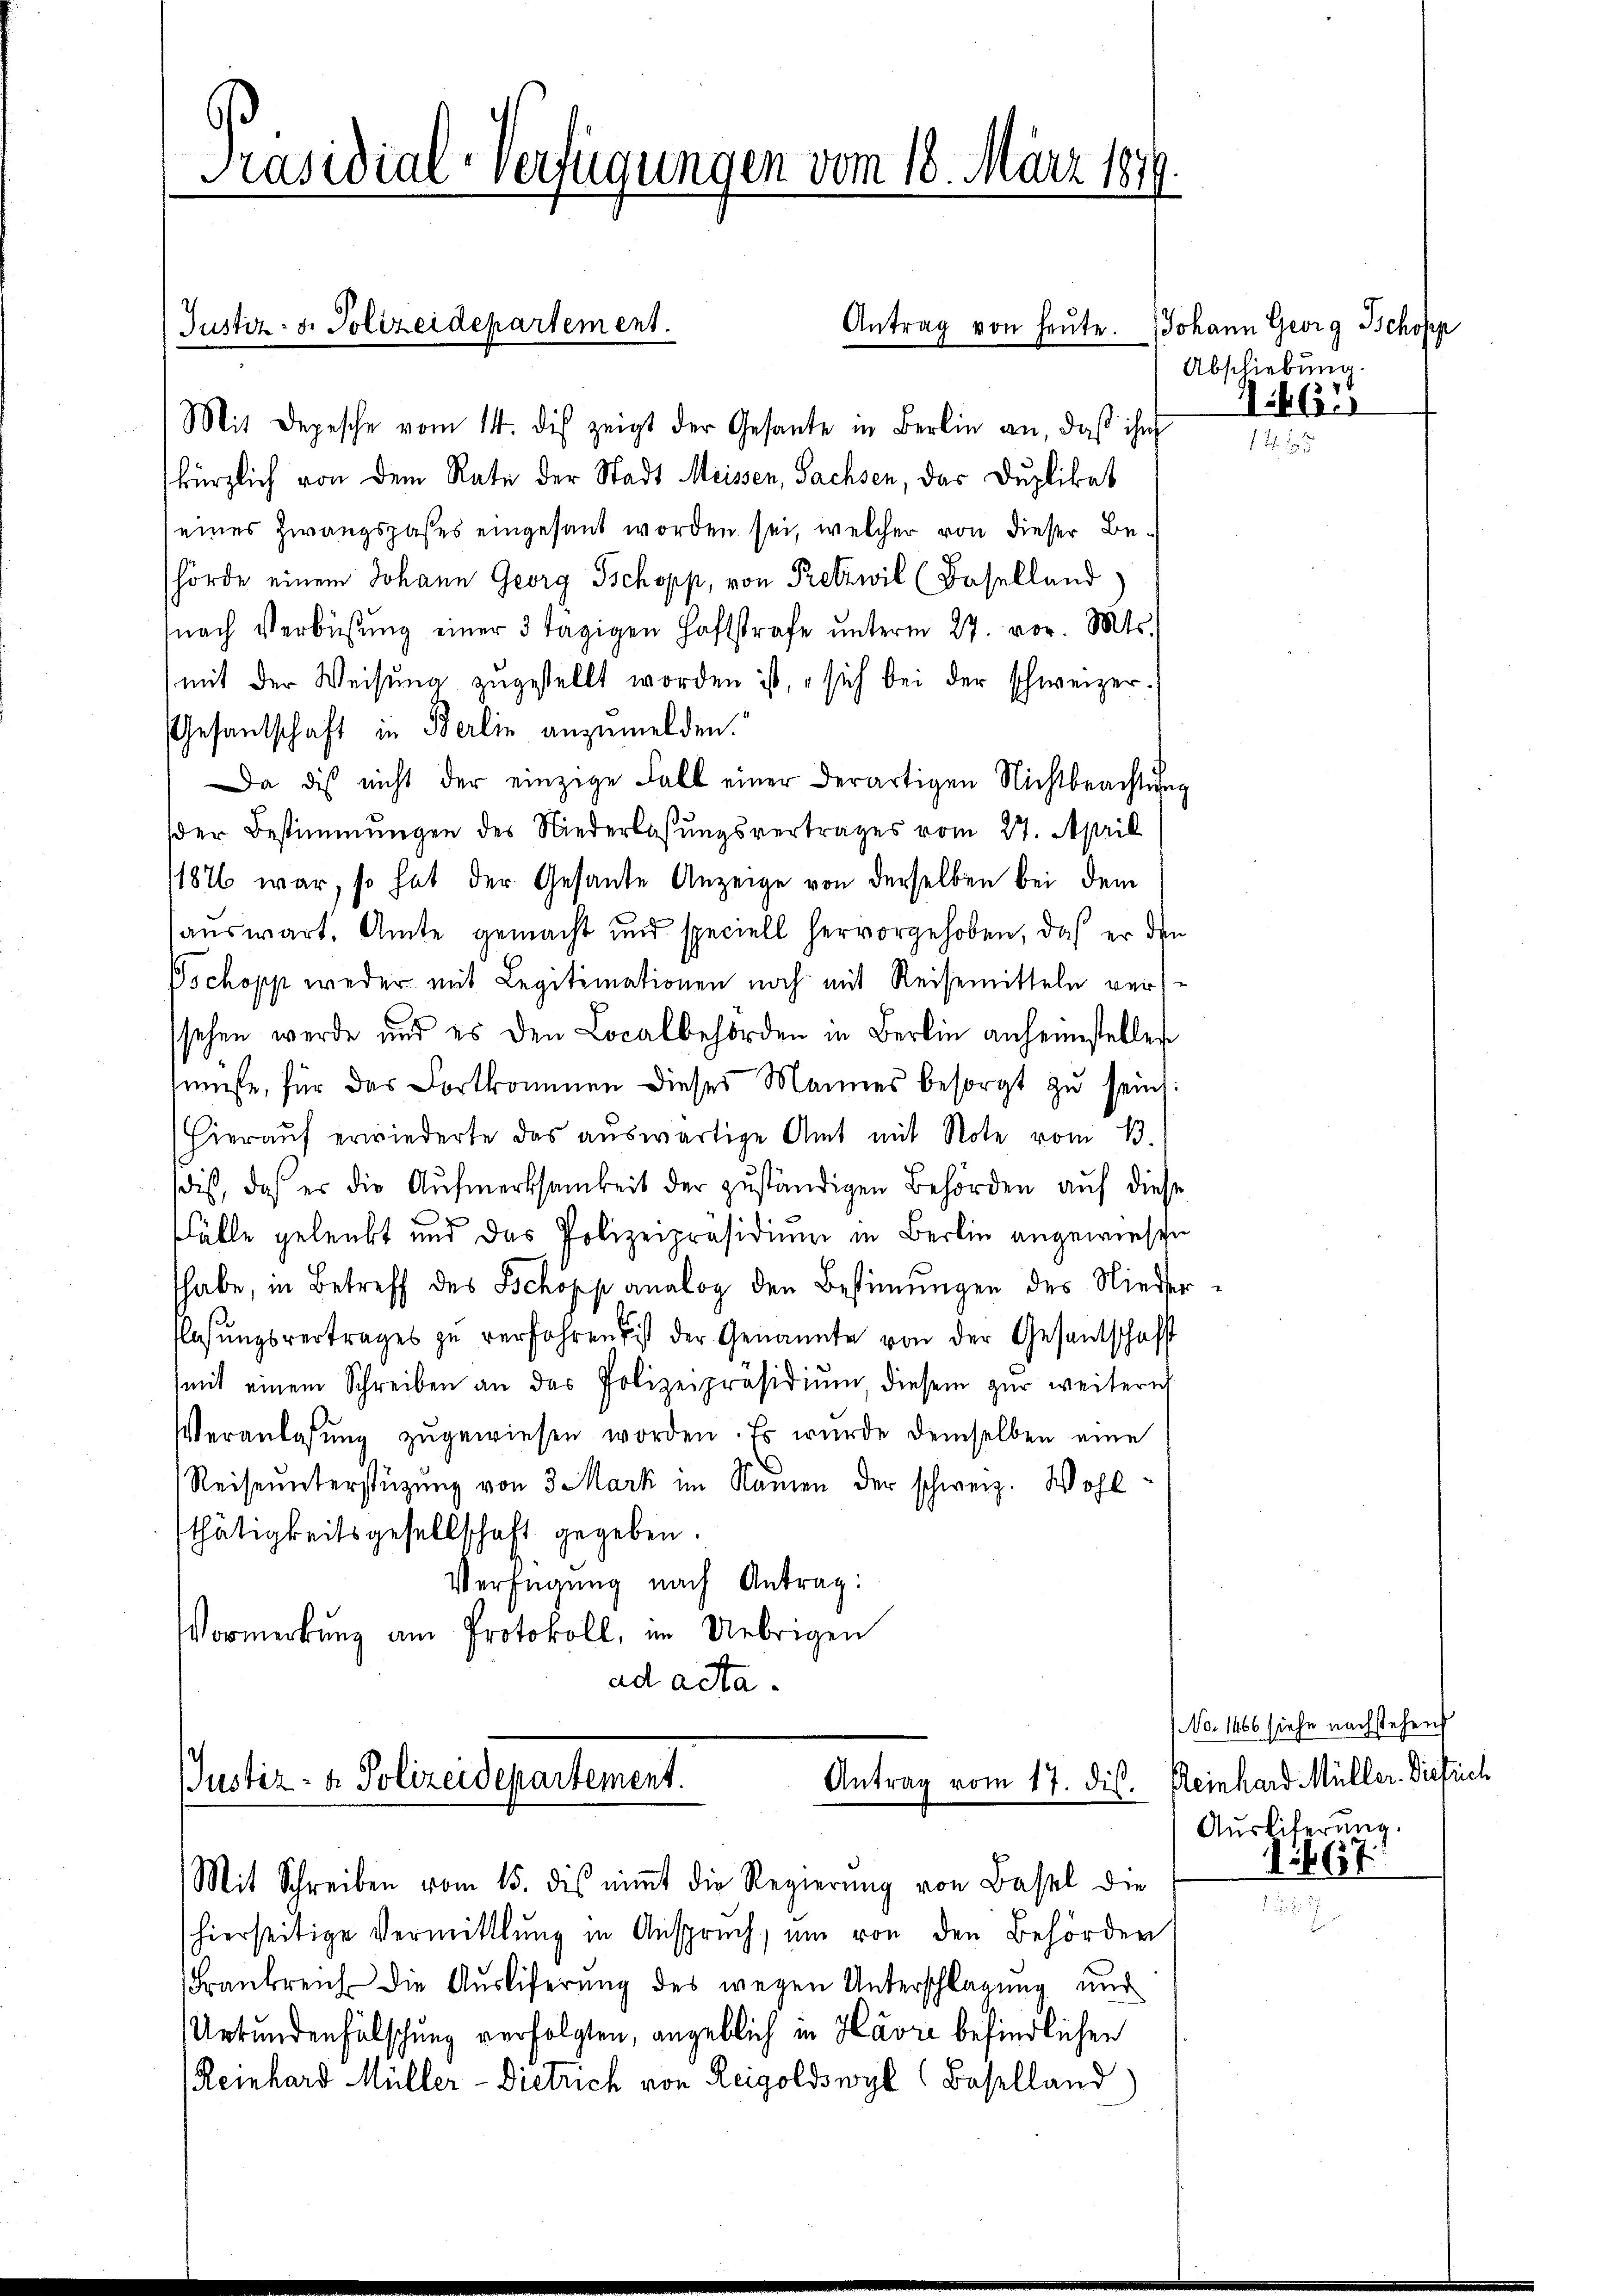
Präsidial-Verfügungen vom 18. März 1877.

Justiz- u. Polizeidepartement.
Antrag von heute. Johann Georg Schopp
Mit Depesche vom 14. dis zeigt der Gesante in Berlin an, daß ihn

kürzlich von dem Rate der Stadt Meissen, Sachsen, das Duplikat
(eines Zwangspases eingesant worden sei, welcher von dieser Behörde einem Johann Georg Tschopp, von Pretzwil (Baselland
nach Verbüsŭng einer 3 tägigen Haftstrafe ŭnterm 27. vor. Mts.
mit der Weisŭng zugestellt worden ist, sich bei der schweizer.
Gesantschaft in Berlin anzumelden.
Da dis nicht der einzige Fall einer derartigen Nichtbeachtŭng
der Bestimmungen des Niederlaßungsvertrages vom 27. April
1876 war, so hat der Gesante Anzeige von derselben bei dem
auswart. Amte gemacht und speciell hervorgehoben, daß er den
Jschopp weder mit Legitimationen noch mit Reisemitteln vers
sehen werde und es den Localbehörden in Berlin anheimstellen
müsse, für das Fortkommen dieser Mannes besorgt zŭ sein:
Hieraŭf erwiederte das aŭswärtige Amt mit Note vom 13.
dis, daß er die Aufmerksamkeit der zuständigen Behörden auf diese
Fälle gelenkt und das Polizeipräsidium in Berlin angewiesen
habe, in Betreff des Schopp analog den Bestimmungen des Nieder
asŭngsvertrages zŭ verfahren ist der Genannte von der Gesandschaft
mit einem Schreiben an das Polizeipräsidiŭm, diesem zur weitern
Veranlassŭng zugewiesen worden. Es wurde demselben eine
Reiseunterstüzung von 3 Mark im Namen der schweiz. Wohl
thätigkeitsgesellschaft gegeben.
Verfügung nach Antrag:
Vormerkung am Protokoll, im Uebrigen
ad acta.

Mit Schreiben vom 15. dis nimmt die Regierung von Basel die
(hierseitige Vermittlung in Anspruch, um von den Behörder
Frankreich die Ausliferung des wegen Unterschlagung und
Urkundenfälschung verfolgten, angeblich in Havre befindlichen
Reinhard Müller-Dietrich von Reigoldswyl (Baselland)

Justiz- & Polizeidepartement.

Abschiebung.

2

NNo. 1466 siehe nachstehend
Antrag vom 17. dis. Reinhard Müller. Diesrich
Ausliterung.
1667